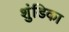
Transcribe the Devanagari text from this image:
शुंडिका